65_HS1-834228961_62-HQ-83894_Section_10
Agency: FBI
Page 104
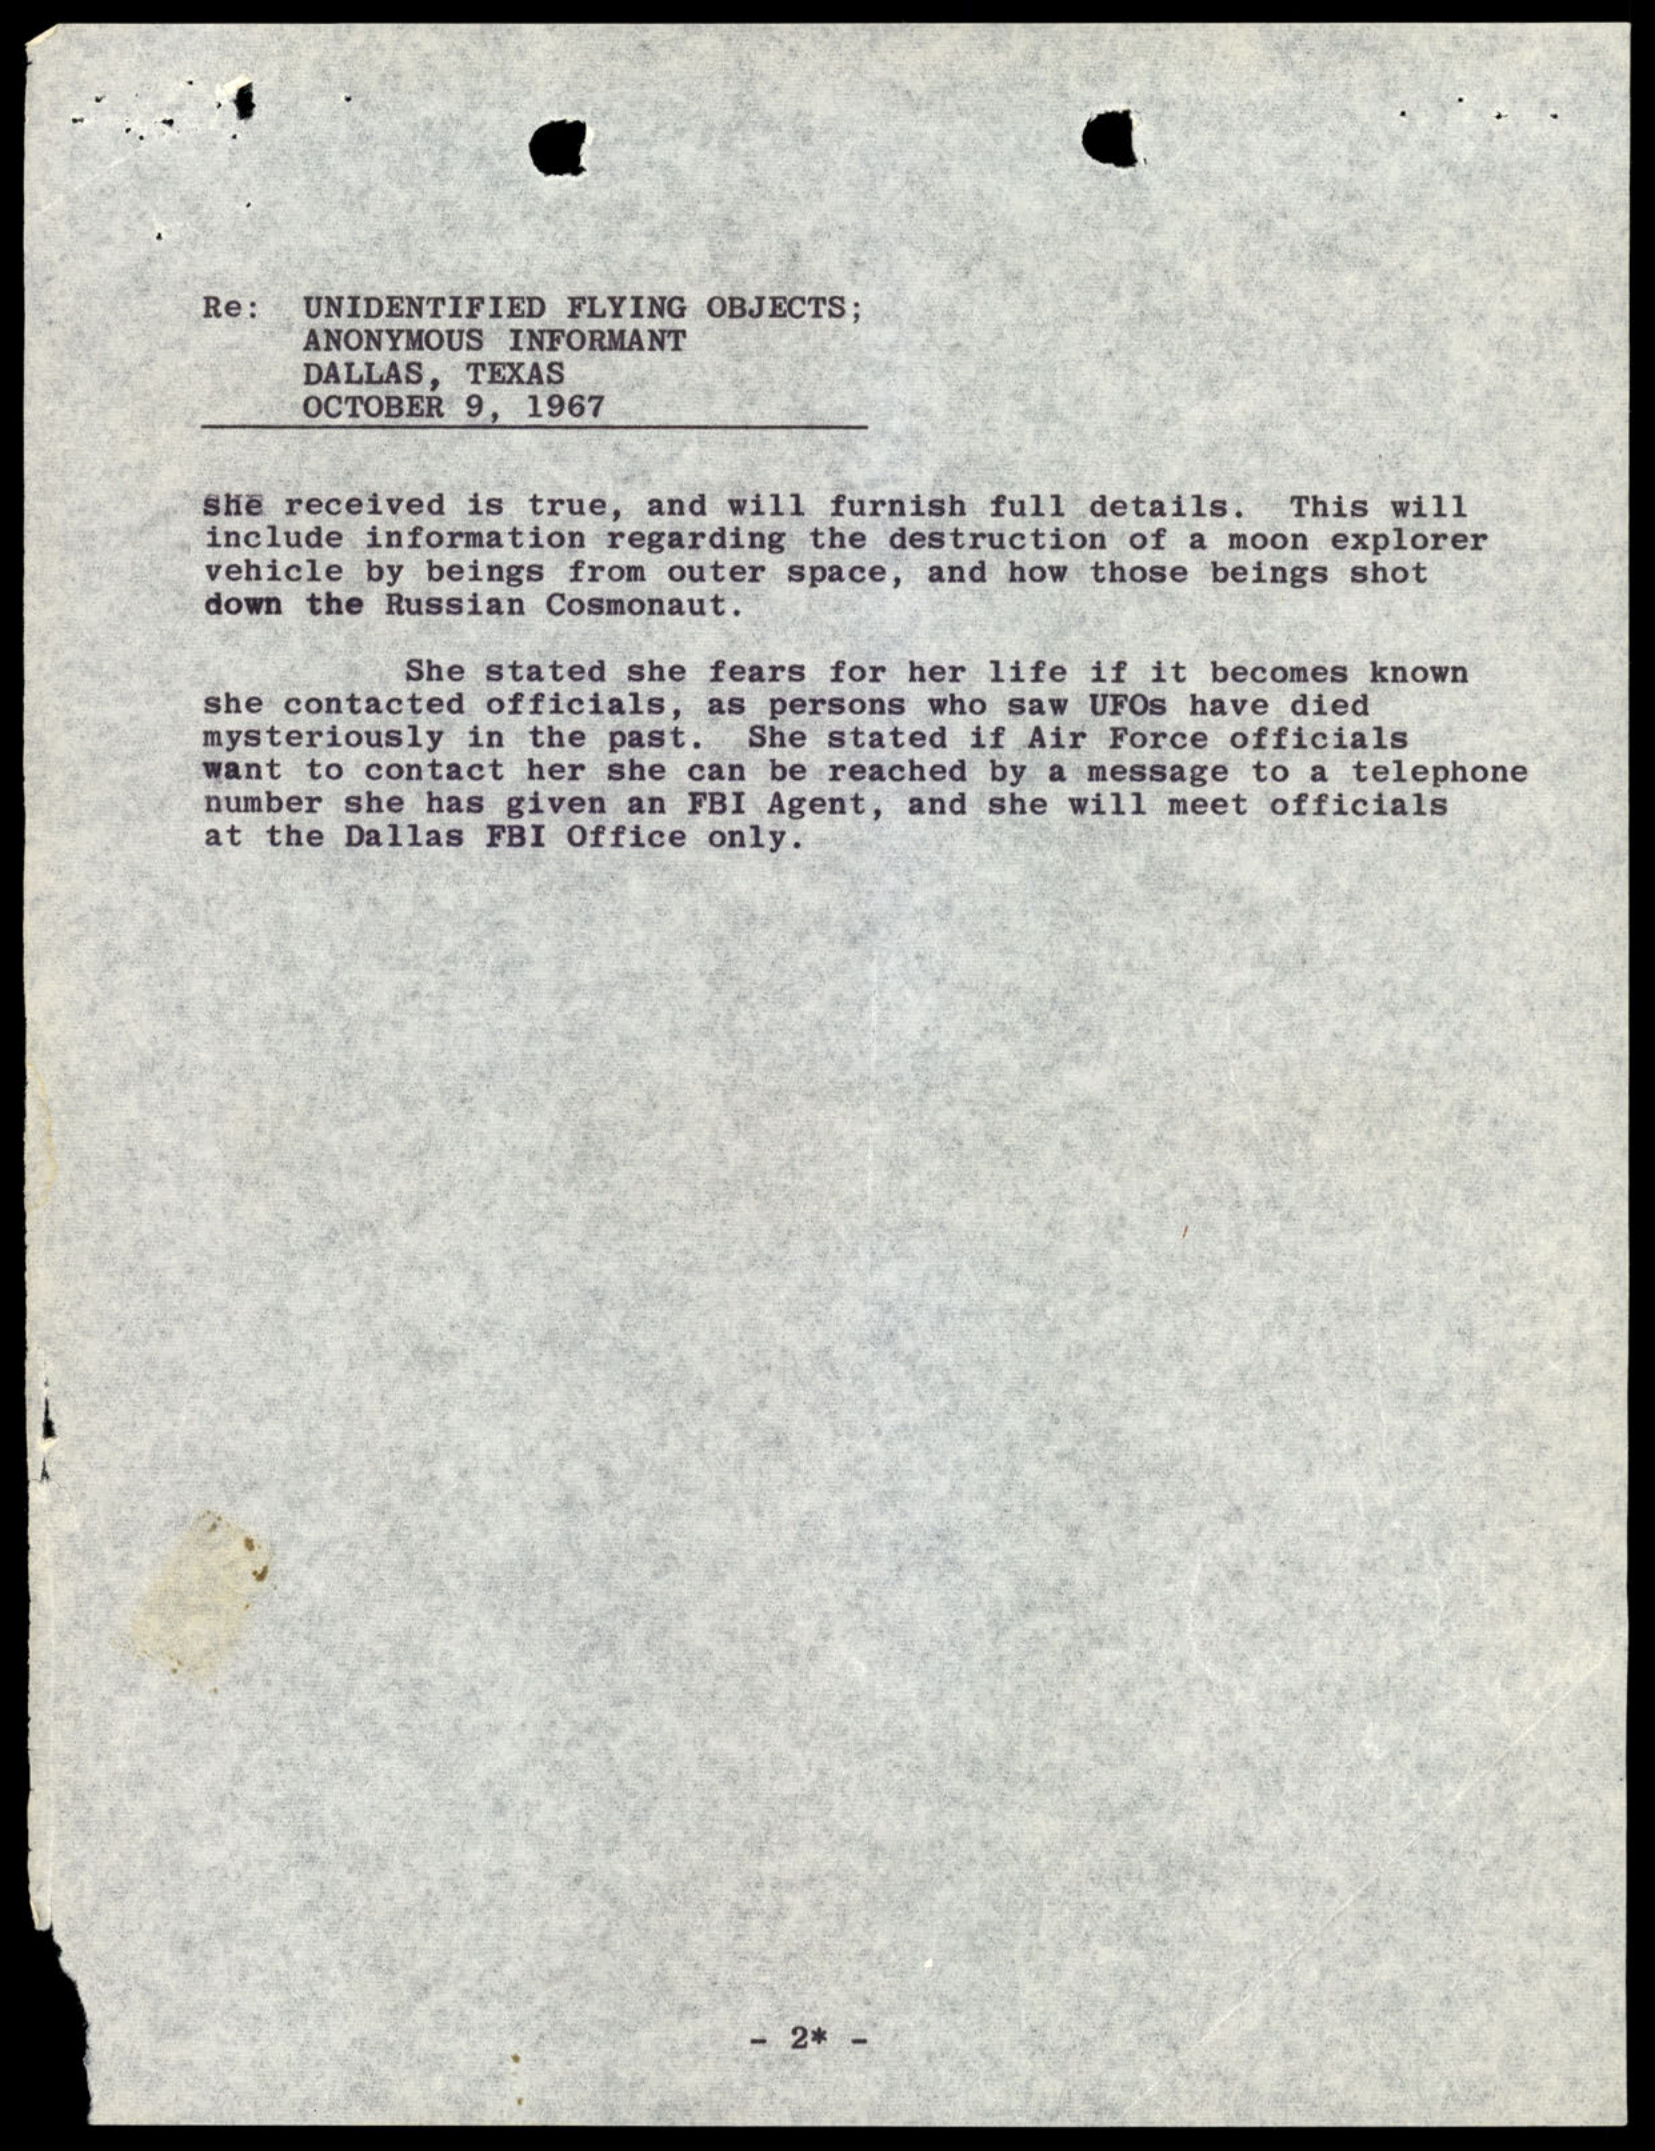